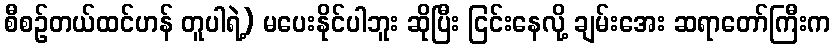
စီစဉ်တယ်ထင်ဟန် တူပါရဲ့) မပေးနိုင်ပါဘူး ဆိုပြီး ငြင်းနေလို့ ချမ်းအေး ဆရာတော်ကြီးက